Lunatic asylums Madras 1892-1911 - 1892-1911
Year: 1892
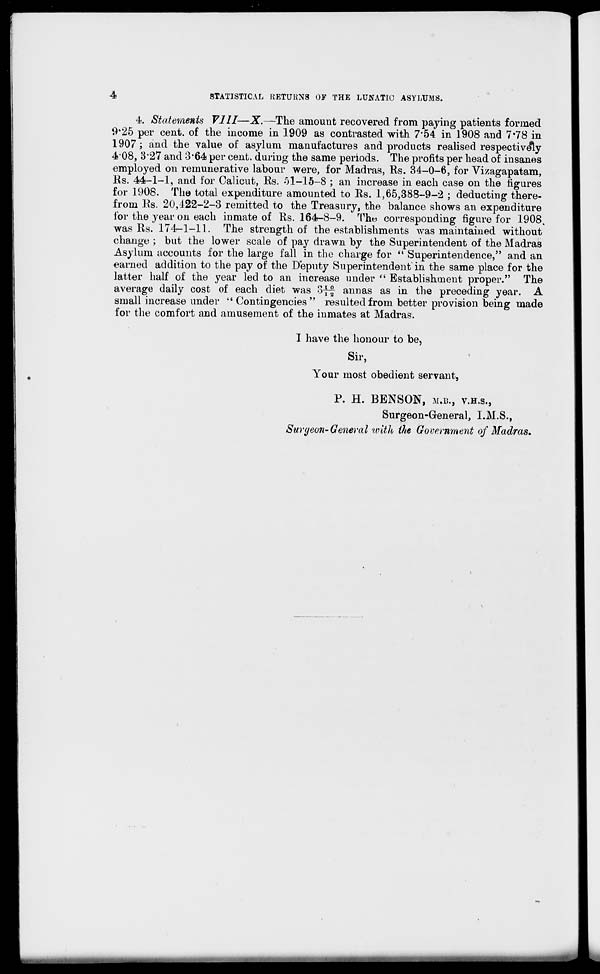
4
STATISTICAL RETURNS OF THE LUNATIC ASYLUMS.
4. Statements VIII—X.—The amount recovered from paying patients formed
9*25 per cent, of the income in 1909 as contrasted with 7'54 in 1908 and 7*78 in
1907; and the value of asylum manufactures and products realised respectively
4*08, 327 and 3*64 per cent, during the same periods. The profits per head of insanes
employed on remunerative labour were, for Madras, Rs. 34-0-6, for Vizagapatam,
Rs. 44-1-1, and for Calicut, Rs. 51-15-8 ; an increase in each case on the figures
for 1908. The total expenditure amounted to Rs. 1,65,388-9-2 ; deducting there-
from Rs. 20,122-2-3 remitted to the Treasury, the balance shows an expenditure
lor the year on each inmate of Rs. 164-8-9. The corresponding figure for 1908.
was Rs. 174-1-11. The strength of the establishments was maintained without
change ; but the lower scale of pay drawn by the Superintendent of the Madras
Asylum accounts for the large fall in the charge for " Superintendence," and an
earned addition to the pay of the Deputy Superintendent in the same place for the
latter half of the year led to an increase under " Establishment proper." The
average daily cost of each diet was off annas as in the preceding year. A
small increase under " Contingencies" resulted from better provision being made
for the comfort and amusement of the inmates at Madras.
I have the honour to be,
Sir,
Your most obedient servant,
P. H. BENSON, M.IL, V.H.S.,
Surgeon-General, I.M.S.,
Surgeon- General with the Government of Madras,